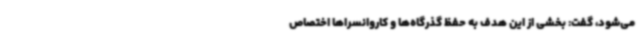
می‌شود، گفت: بخشی از این هدف به حفظ گذرگاه‌ها و کاروانسراها اختصاص